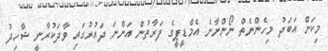
މިކަން އަބަދު މިހެންނެތް ނޯންނާނެ އެމްޑީޕީގެ ފަރާތުން އަންނަ ދައުރުގައި ވާދަކުރާނީ ޝާހިދު